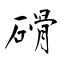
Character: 磆